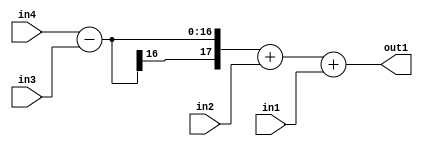
`timescale 1ps / 1ps
/*****************************************************************************
    Verilog RTL Description
    
    
    Created by: Stratus DpOpt 2019.1.01 
*******************************************************************************/

module st_weight_addr_gen_Add3u8u8Subu16u16_4_10 (
	in4,
	in3,
	in2,
	in1,
	out1
	); /* architecture "behavioural" */ 
input [15:0] in4,
	in3;
input [7:0] in2,
	in1;
output [17:0] out1;
wire [17:0] asc001;

wire [17:0] asc001_tmp_0;
wire [17:0] asc001_tmp_1;
assign asc001_tmp_1 = 
	+(in4)
	-(in3);
assign asc001_tmp_0 = asc001_tmp_1
	+(in2);
assign asc001 = asc001_tmp_0
	+(in1);

assign out1 = asc001;
endmodule

/* CADENCE  v7D2SAw= : u9/ySgnWtBlWxVPRXgAZ4Og= ** DO NOT EDIT THIS LINE ******/